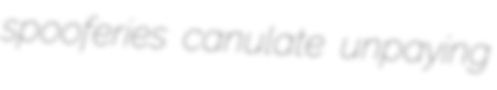
spooferies canulate unpaying